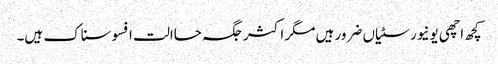
کچھ اچھی یونیورسٹیاں ضرور ہیں مگر اکثر جگہ حاالت افسوسناک ہیں۔